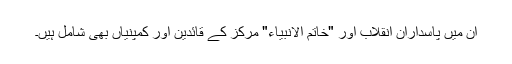
ان میں پاسداران انقلاب اور "خاتم الانبیاء" مرکز کے قائدین اور کمپنیاں بھی شامل ہیں۔